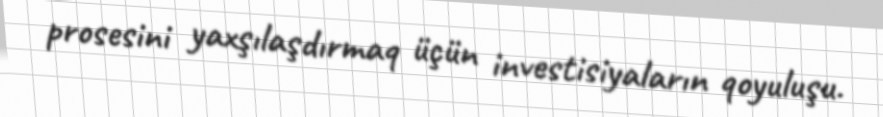
prosesini yaxşılaşdırmaq üçün investisiyaların qoyuluşu.